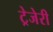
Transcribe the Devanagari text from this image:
ट्रेजेरी